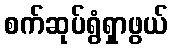
စက်ဆုပ်ရွံရှာဖွယ်